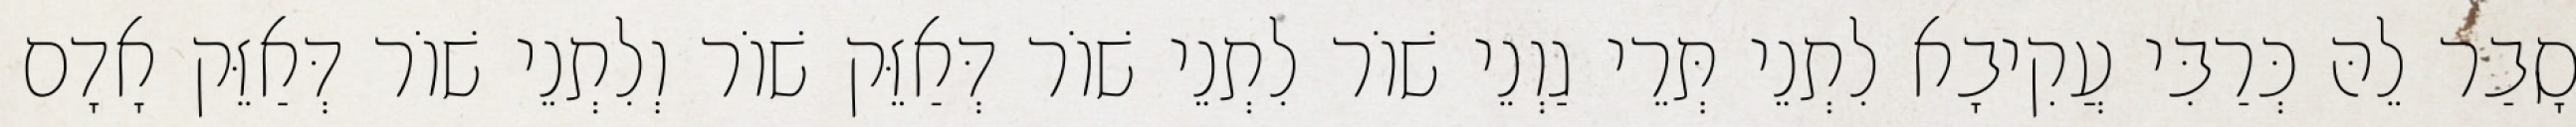
סָבַר לֵהּ כְּרַבִּי עֲקִיבָא לִתְנֵי תְּרֵי גַוְנֵי שׁוֹר לִתְנֵי שׁוֹר דְּאַזֵּק שׁוֹר וְלִתְנֵי שׁוֹר דְּאַזֵּק אָדָם